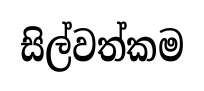
සිල්වත්කම